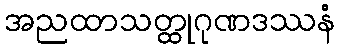
အညထာသတ္ထုဂုဏဒဿနံ